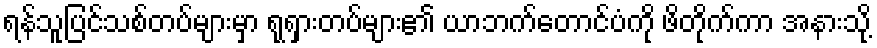
ရန်သူပြင်သစ်တပ်များမှာ ရုရှားတပ်များ၏ ယာဘက်တောင်ပံကို ဖိတိုက်ကာ အနားသို့